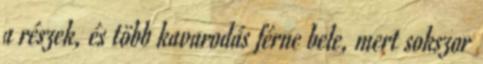
a részek, és több kavarodás férne bele, mert sokszor